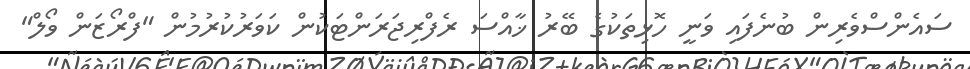
ސައެންސްވެރިން ބުނެފައި ވަނީ ހޮޅިތަކުގެ ބޭރު ޚާއްސަ ރެފްރިޖަރަންޓަކުން ކަވަރުކުރުމުން "ފްރޯޒަން ވޯލް"